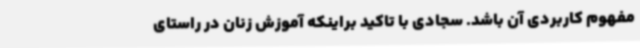
مفهوم کاربردی آن باشد. سجادی با تاکید براینکه آموزش زنان در راستای